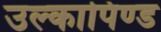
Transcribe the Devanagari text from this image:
उल्‍कापिण्‍ड